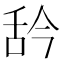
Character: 𦧈